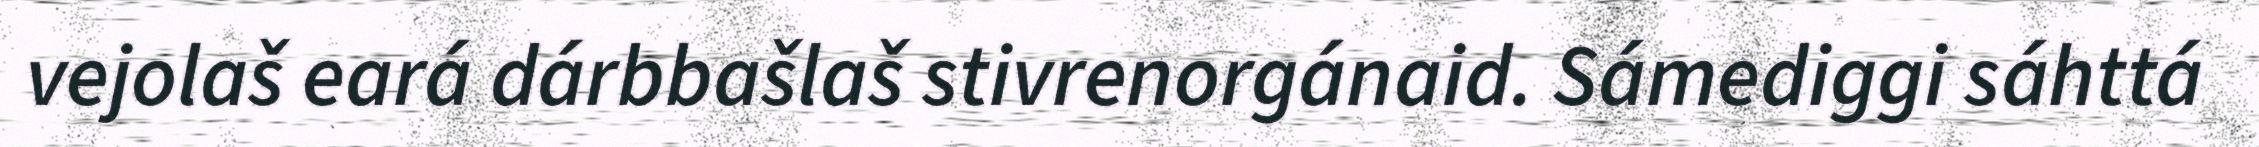
vejolaš eará dárbbašlaš stivrenorgánaid. Sámediggi sáhttá